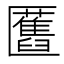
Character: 匶